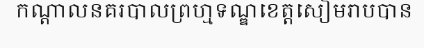
កណ្តាលនគរបាលព្រហ្មទណ្ឌខេត្តសៀមរាបបាន